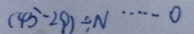
( 4 5 - 2 9 ) \div N \cdots 0